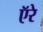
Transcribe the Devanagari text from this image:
ऍरे